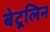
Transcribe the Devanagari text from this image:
बेटूलिन